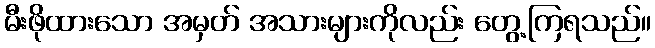
မီးဖိုထားသော အမှတ် အသားများကိုလည်း တွေ့ကြရသည်။